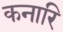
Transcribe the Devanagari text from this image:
कनारि